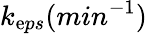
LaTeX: k_{\mathrm{e}ps}(min^{-1})